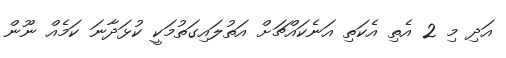
އަދި މި 2 އެތި އެކަތި އަނެކައްޗަށް އަތުލައިގަތުމަކީ ކުޅަދާނަ ކަމެއް ނޫން